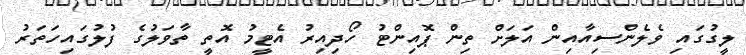
ލީގުގައި ވެލެންސިއާއިން އަލަށް ތިން ޕޮއިންޓު ހޯދިއިރު އެޓީމު އޮތީ ތާވަލުގެ ފުލުގައިހަތަރު